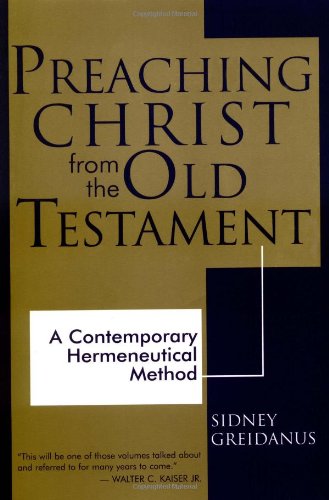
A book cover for Preaching Christ from the Old Testament: A Contemporary Hermeneutical Method; Sidney Greidanus; Christian Books & Bibles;